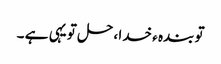
تو بندہ ء خدا ، حل تو یہی ہے ۔